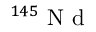
^ { 1 4 5 } \mathrm { ~ N ~ d ~ }